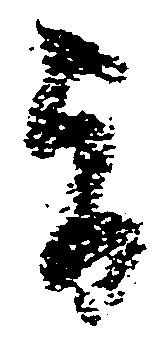
旨